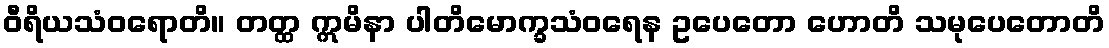
ဝီရိယသံဝရောတိ။ တတ္ထ ဣမိနာ ပါတိမောက္ခသံဝရေန ဥပေတော ဟောတိ သမုပေတောတိ